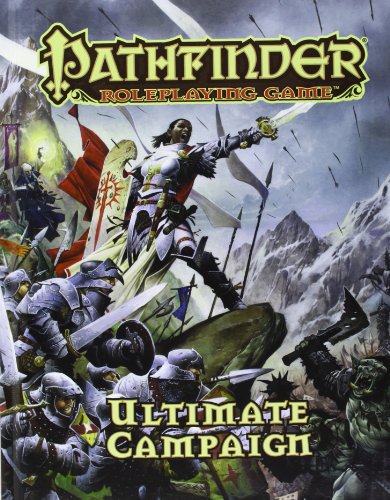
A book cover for Pathfinder Roleplaying Game: Ultimate Campaign; Jesse Benner; Science Fiction & Fantasy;